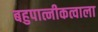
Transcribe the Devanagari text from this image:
बहुपात्नीकत्वाला